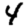
Digit: 4